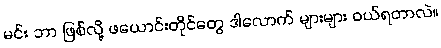
မင်း ဘာ ဖြစ်လို့ ဖယောင်းတိုင်တွေ ဒါလောက် များများ ဝယ်ရတာလဲ။